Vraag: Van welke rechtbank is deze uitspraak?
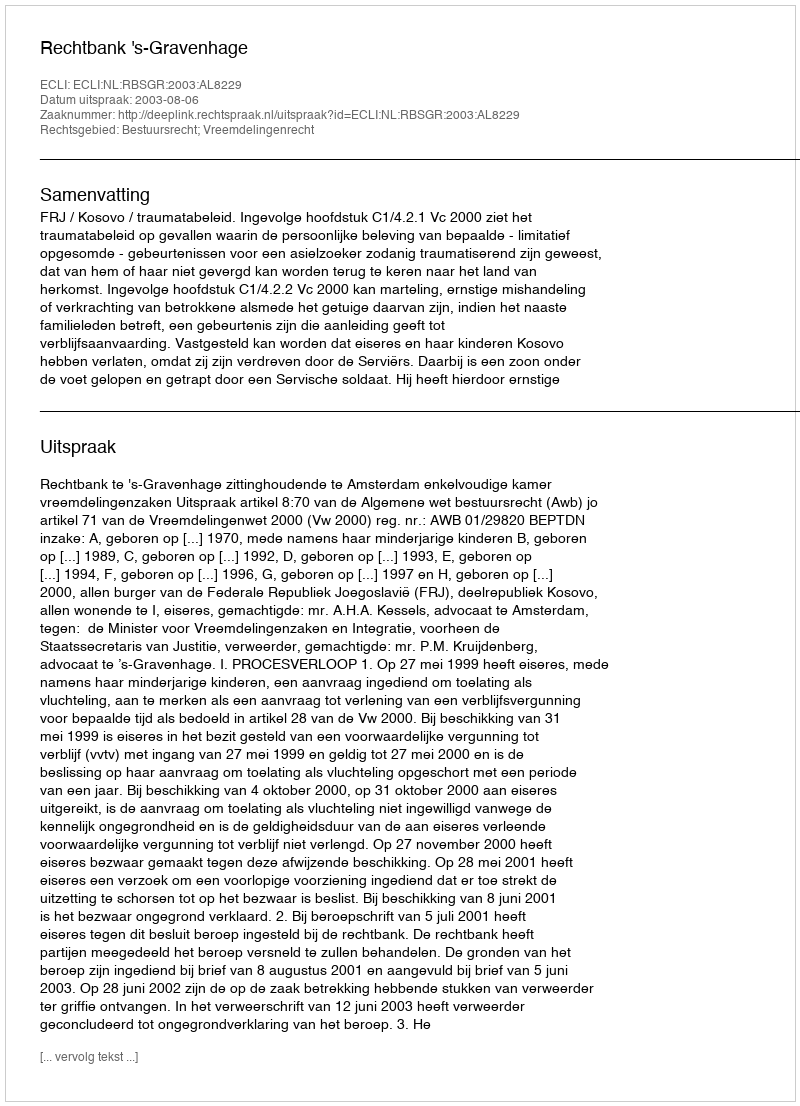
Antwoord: Rechtbank 's-Gravenhage